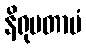
နိရုပတာပံ